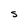
Character: S